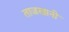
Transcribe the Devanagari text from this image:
ताजखानी